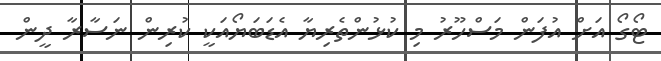
ޓޯގޯ އަށް އުފަން މަސްހޫރު މި ކުޅުންތެރިޔާ އެޑަބަޔޯއަކީ ކުރިން ނަސާރާ ދީން